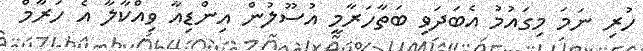
ހުރި ނަމަ މިގައުމު އެބަދަވި ބަތާހަރާމީ އުސޫލުން އިންޑިއާ ވިއްކާލާ އެ ހަރާމް